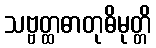
သဗ္ဗတ္ထဓာတုဓိမုတ္တိ